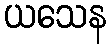
ယသေန